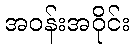
အဝန်းအဝိုင်း